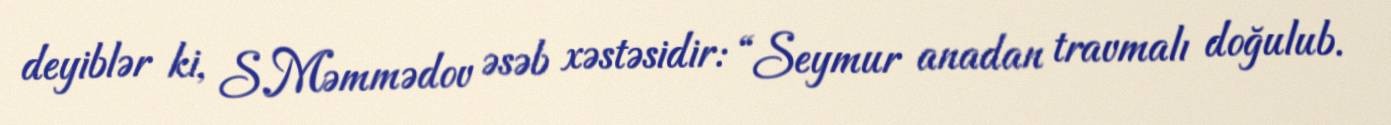
deyiblər ki, S.Məmmədov əsəb xəstəsidir: “Seymur anadan travmalı doğulub.